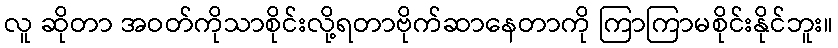
လူ ဆိုတာ အဝတ်ကိုသာစိုင်းလို့ရတာဗိုက်ဆာနေတာကို ကြာကြာမစိုင်းနိုင်ဘူး။